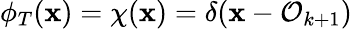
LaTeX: \phi_{T}(\mathbf{x})=\chi(\mathbf{x})=\delta(\mathbf{x}-\mathcal{{O}}_{k+1})